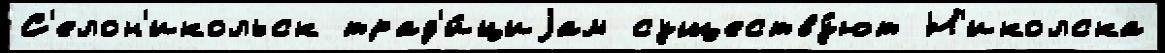
С'елон'икольск трад'и́циjам существу́ют Н'иколска